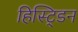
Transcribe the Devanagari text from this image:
हिस्ट्डिन